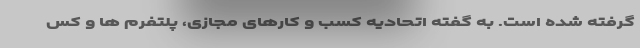
گرفته شده است. به گفته اتحادیه کسب و کارهای مجازی، پلتفرم ها و کس